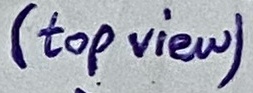
Text: (top view)